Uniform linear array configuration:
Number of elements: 64
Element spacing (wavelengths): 0.5
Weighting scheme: blackman
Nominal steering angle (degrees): -30
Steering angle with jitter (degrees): -30.593
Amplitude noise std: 0.05
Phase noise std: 0.05

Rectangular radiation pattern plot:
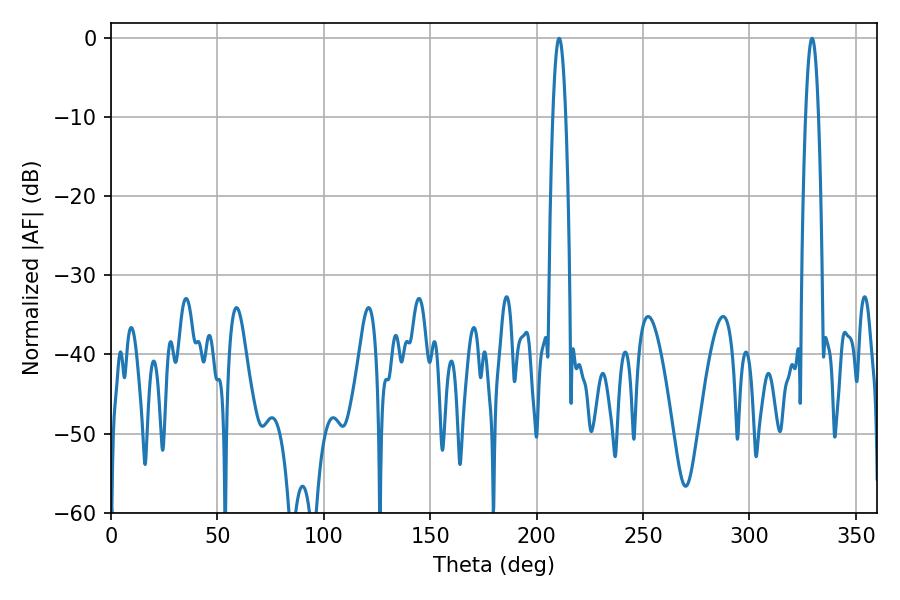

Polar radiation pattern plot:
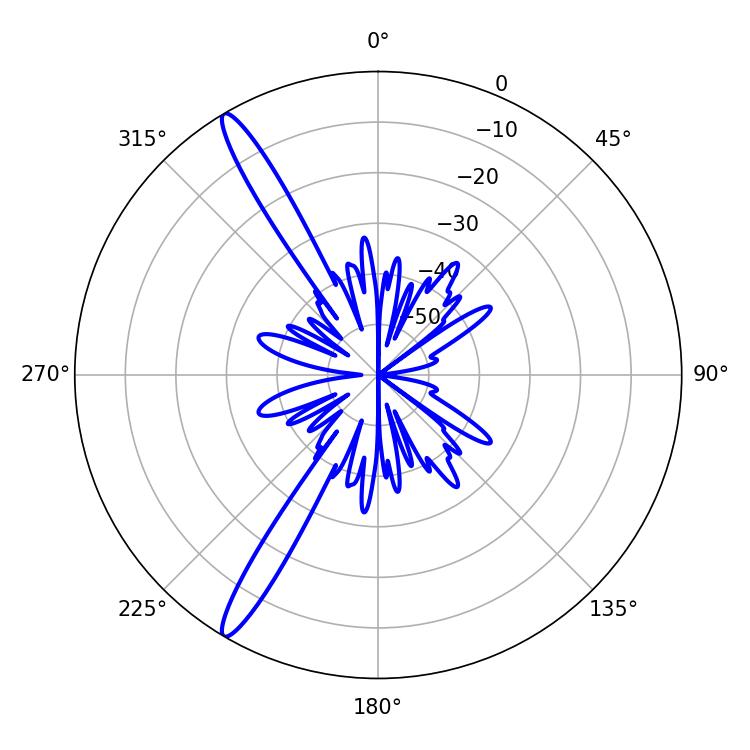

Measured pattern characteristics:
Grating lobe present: FALSE
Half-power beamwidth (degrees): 3.24
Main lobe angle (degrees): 210.6